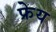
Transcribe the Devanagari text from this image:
फ्रेय